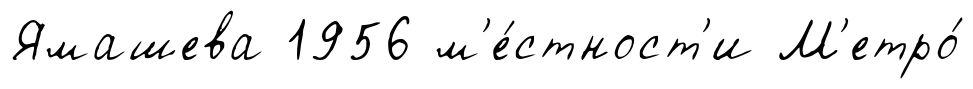
Ямашева 1956 м'е́стност'и М'етро́